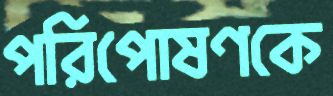
পরিপোষণকে